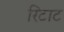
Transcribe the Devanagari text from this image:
रिटाट